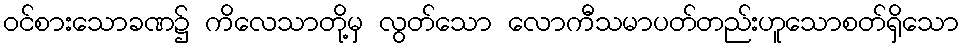
ဝင်စားသောခဏ၌ ကိလေသာတို့မှ လွတ်သော လောကီသမာပတ်တည်းဟူသောစတ်ရှိသော